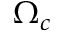
\Omega _ { c }